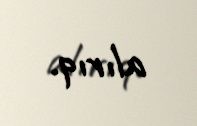
alırıq.